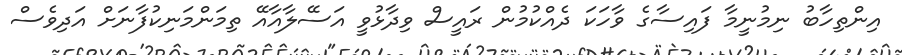
އިންތިހާބު ނިމުނީމާ ފައިސާގެ ވާހަކަ ދެއްކުމުން ރައީސް ވިދާޅުވީ އަސޭލާއާއޭ ތިމަންމަނިކުފާނަށް އަދިވެސް